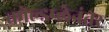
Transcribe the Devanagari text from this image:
कोल्डप्लेनंतर